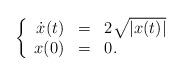
LaTeX: \begin{align*}\left\{ \begin{array}{rcl} \dot{x}(t)&=&2\sqrt{\left| x(t)\right|}\\x(0)&=&0. \end{array}\right.\end{align*}